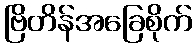
ဗြိတိန်အခြေစိုက်